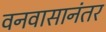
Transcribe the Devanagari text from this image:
वनवासानंतर